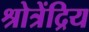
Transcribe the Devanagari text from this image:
श्रोत्रेंद्रिय